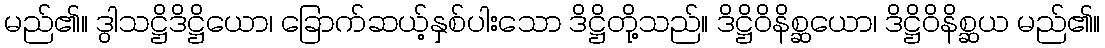
မည်၏။ ဒွါသဋ္ဌိဒိဋ္ဌိယော၊ ခြောက်ဆယ့်နှစ်ပါးသော ဒိဋ္ဌိတို့သည်။ ဒိဋ္ဌိဝိနိစ္ဆယော၊ ဒိဋ္ဌိဝိနိစ္ဆယ မည်၏။